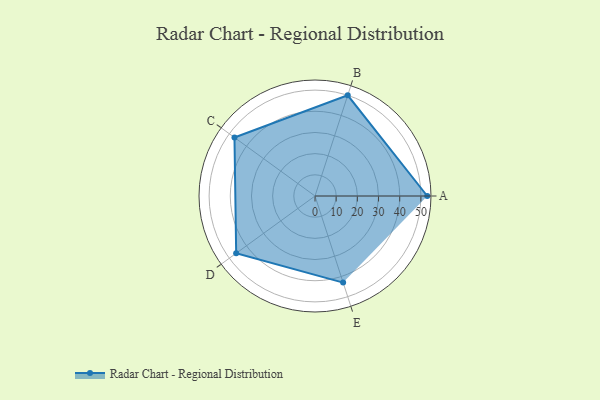
{"axis": {"x": "Skill", "y": "Score"}, "legend": ["Profile"], "data": [{"x": "A", "y": 53.0, "type": "Profile"}, {"x": "B", "y": 50.0, "type": "Profile"}, {"x": "C", "y": 47.0, "type": "Profile"}, {"x": "D", "y": 46.0, "type": "Profile"}, {"x": "E", "y": 43.0, "type": "Profile"}]}